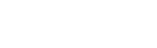
ကောင်းသလို